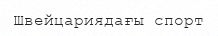
Швейцариядағы спорт